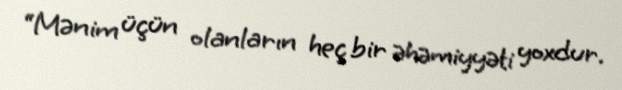
“Mənim üçün olanların heç bir əhəmiyyəti yoxdur.